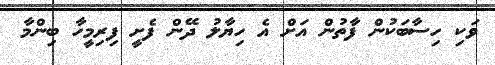
ވަކި ހިސާބަކުން ފާތުން އަށް އެ ހިޔާލު ދޭން ފެށީ ފިރިމީހާ ބިންމާ